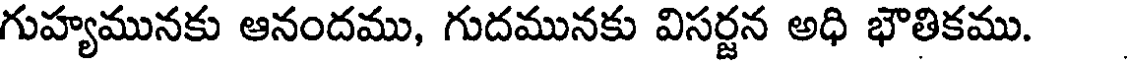
గుహ్యమునకు ఆనందము, గుదమునకు విసర్జన అధి భౌతికము.